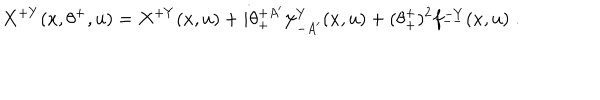
LaTeX: X ^ { + Y } ( x , \theta ^ { + } , u ) = X ^ { + Y } ( x , u ) + i \theta _ { + } ^ { + A ^ { \prime } } \psi _ { - A ^ { \prime } } ^ { Y } ( x , u ) + ( \theta _ { + } ^ { + } ) ^ { 2 } f _ { -- } ^ { - Y } ( x , u ) \; .